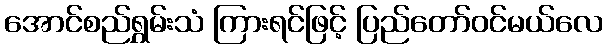
အောင်စည်ရွှမ်းသံ ကြားရင်ဖြင့် ပြည်တော်ဝင်မယ်လေ